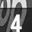
Digit: 4